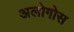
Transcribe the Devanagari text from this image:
अलोगोस